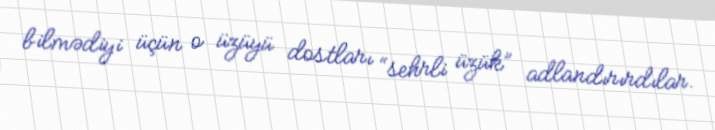
bilmədiyi üçün o üzüyü dostları “sehrli üzük” adlandırırdılar.